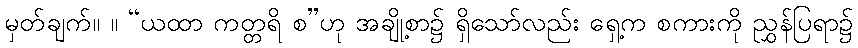
မှတ်ချက်။ ။ “ယထာ ကတ္တရိ စ”ဟု အချို့စာ၌ ရှိသော်လည်း ရှေ့က စကားကို ညွှန်ပြရာ၌